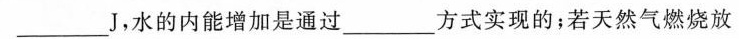
___J，水的内能增加是通过___方式实现的；若天然气燃烧放